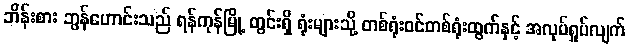
ဘိန်းစား ဘွန်ဟောင်းသည် ရန်ကုန်မြို့ တွင်းရှိ ရုံးများသို့ တစ်ရုံးဝင်တစ်ရုံးထွက်နှင့် အလုပ်ရှုပ်လျက်